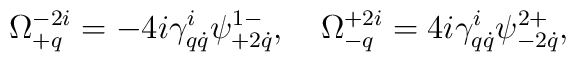
\Omega^{-2i}_{+q}=-4i\gamma^i_{q\dot q}\psi^{1-}_{+2\dot q},\quad\Omega^{+2i}_{-q}=4i\gamma^i_{q\dot q}\psi^{2+}_{-2\dot q},